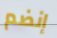
إنضم